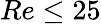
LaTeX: Re\leq 25